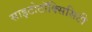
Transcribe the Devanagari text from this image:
साइटोटॉक्सिसिटी